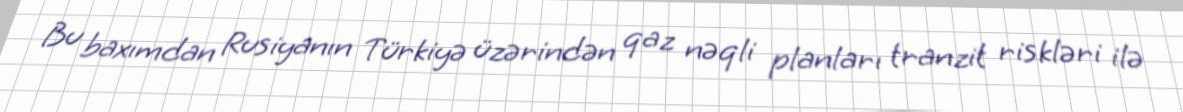
Bu baxımdan Rusiyanın Türkiyə üzərindən qaz nəqli planları tranzit riskləri ilə